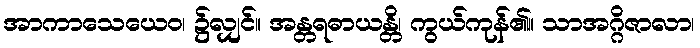
အာကာသေယေဝ၊ ၌လျှင်။ အန္တရဓာယန္တိ၊ ကွယ်ကုန်၏။ သာအဂ္ဂိဇာလာ၊